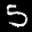
Label: 5